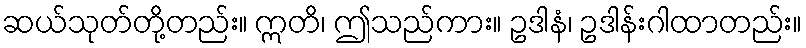
ဆယ်သုတ်တို့တည်း။ ဣတိ၊ ဤသည်ကား။ ဥဒါနံ၊ ဥဒါန်းဂါထာတည်း။